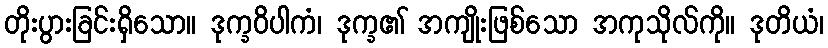
တိုးပွားခြင်းရှိသော။ ဒုက္ခဝိပါကံ၊ ဒုက္ခ၏ အကျိုးဖြစ်သော အကုသိုလ်ကို။ ဒုတိယံ၊